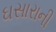
ઘસારાની